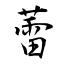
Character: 蕾